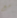
مع